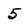
Character: 5